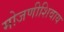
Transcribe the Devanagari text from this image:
मोजणीशिवाय